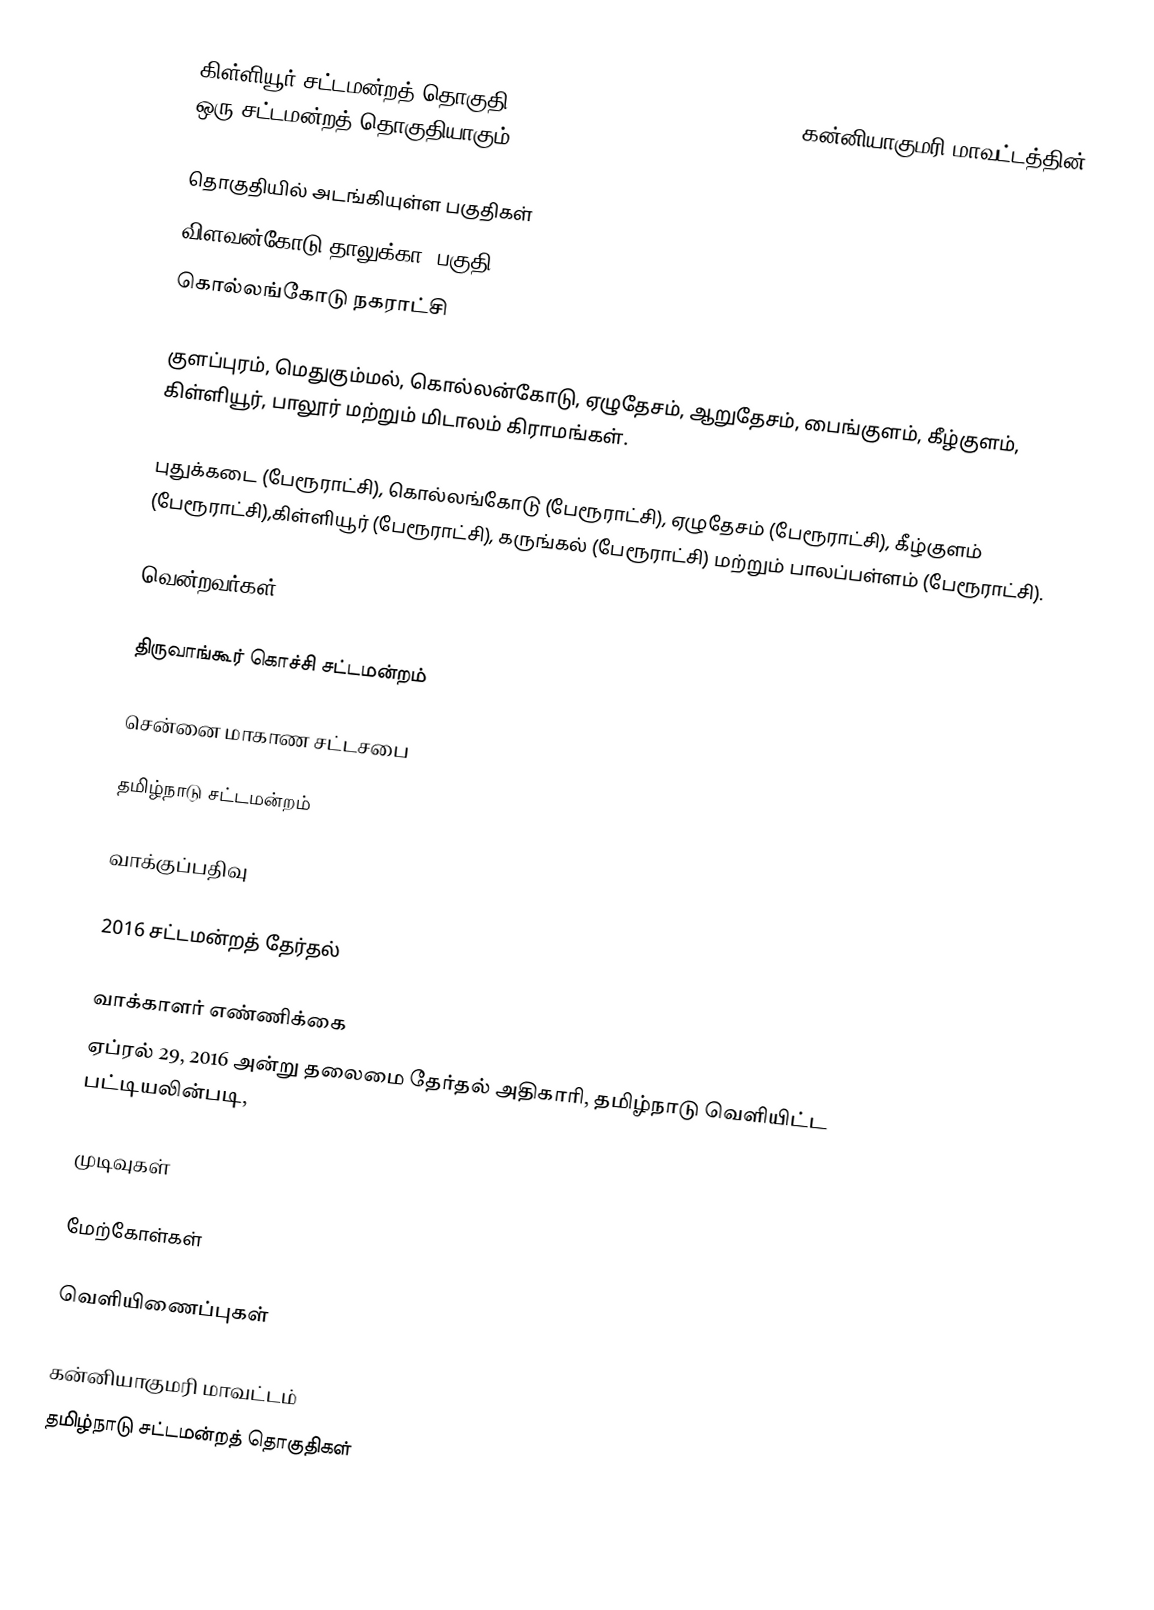
கிள்ளியூர் சட்டமன்றத் தொகுதி (Killiyoor Assembly constituency), கன்னியாகுமரி மாவட்டத்தின் ஒரு சட்டமன்றத் தொகுதியாகும்.

தொகுதியில் அடங்கியுள்ள பகுதிகள்
விளவன்கோடு தாலுக்கா (பகுதி)
கொல்லங்கோடு நகராட்சி

குளப்புரம், மெதுகும்மல், கொல்லன்கோடு, ஏழுதேசம், ஆறுதேசம், பைங்குளம், கீழ்குளம், கிள்ளியூர், பாலூர் மற்றும் மிடாலம் கிராமங்கள்.

புதுக்கடை (பேரூராட்சி), கொல்லங்கோடு (பேரூராட்சி), ஏழுதேசம் (பேரூராட்சி), கீழ்குளம் (பேரூராட்சி),கிள்ளியூர் (பேரூராட்சி), கருங்கல் (பேரூராட்சி) மற்றும் பாலப்பள்ளம் (பேரூராட்சி).

வென்றவர்கள்

திருவாங்கூர் கொச்சி சட்டமன்றம்

சென்னை மாகாண சட்டசபை

தமிழ்நாடு சட்டமன்றம்

வாக்குப்பதிவு

2016 சட்டமன்றத் தேர்தல்

வாக்காளர் எண்ணிக்கை
ஏப்ரல் 29, 2016 அன்று தலைமை தேர்தல் அதிகாரி, தமிழ்நாடு வெளியிட்ட பட்டியலின்படி,

முடிவுகள்

மேற்கோள்கள்

வெளியிணைப்புகள்

கன்னியாகுமரி மாவட்டம்
தமிழ்நாடு சட்டமன்றத் தொகுதிகள்